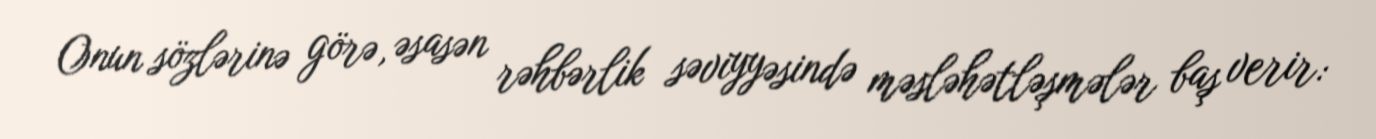
Onun sözlərinə görə, əsasən rəhbərlik səviyyəsində məsləhətləşmələr baş verir: